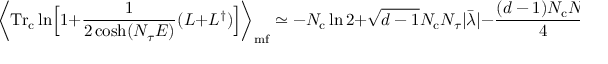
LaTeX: \biggl \langle \mathrm { T r _ { c } } \ln \Bigl [ 1 + \frac { 1 } { 2 \cosh ( N _ { \tau } E ) } ( L + L ^ { \dagger } ) \Bigr ] \biggr \rangle _ { \mathrm { m f } } \simeq - N _ { \mathrm { c } } \ln 2 + \sqrt { d - 1 } N _ { \mathrm { c } } N _ { \tau } | \bar { \lambda } | - \frac { ( d - 1 ) N _ { \mathrm { c } } N _ { \tau } ^ { 2 } } { 4 } \bar { \lambda } ^ { 2 } .